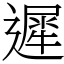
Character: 遲